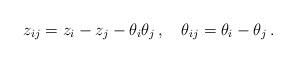
LaTeX: \begin{align*}z_{ij} = z_i - z_j - \theta_i\theta_j\,, \quad\theta_{ij} = \theta_i - \theta_j\,.\end{align*}